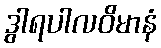
ဒွါရပါလဝိမာနံ